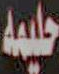
حليمة